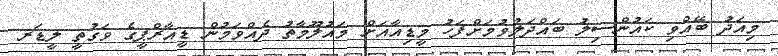
މިއަދު ބޭއްވި ކައުންސިލު ބައްދަލުވުމަށްފަހު މީޑިއާއަށް މައުލޫމާތު ދެއްވަމުން ޑީއާރްޕީގެ ވަގުތީ ލީޑަރ